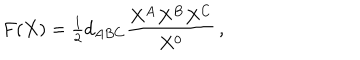
F ( X ) = { \textstyle { \frac { 1 } { 2 } } } d _ { A B C } { \frac { X ^ { A } X ^ { B } X ^ { C } } { X ^ { 0 } } } \, ,